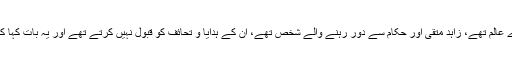
“[2] ابن قاسم عتقی امام مالک کے علوم کے سب سے بڑے عالم تھے، زاہد متقی اور حکام سے دور رہنے والے شخص تھے، ان کے ہدایا و تحائف کو قبول نہیں کرتے تھے اور یہ بات کہا کرتے تھے ”حاکموں کی قربت و مجلس میں خیر نہیں ہوتا۔